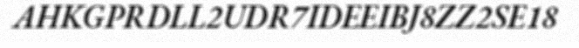
AHKGPRDLL2UDR7IDEEIBJ8ZZ2SE18